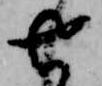
せ